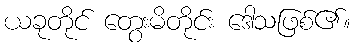
ယခုတိုင် တွေးမိတိုင်း ဒေါသဖြစ်၏။